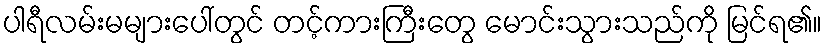
ပါရီလမ်းမများပေါ်တွင် တင့်ကားကြီးတွေ မောင်းသွားသည်ကို မြင်ရ၏။